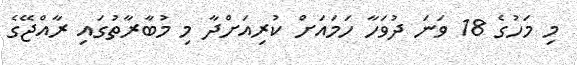
މި މަހުގެ 18 ވަނަ ދުވަހާ ހަމައަށް ކުރިއަށްދާ މި މުބާރާތުގައި ރާއްޖޭގެ